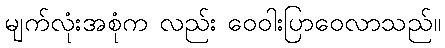
မျက်လုံးအစုံက လည်း ဝေဝါးပြာဝေလာသည်။